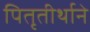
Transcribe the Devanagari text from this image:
पितृतीर्थाने